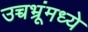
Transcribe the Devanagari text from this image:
उच्चभ्रूंमध्ये